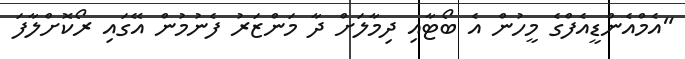
"އެމްއެެންޑީއެފްގެ މީހުން އެ ބޯޓާއި ދިމާލަށް ދާ މަންޒަރު ފެނުމުން އޭގައި ރޯކޮށްލާފަ